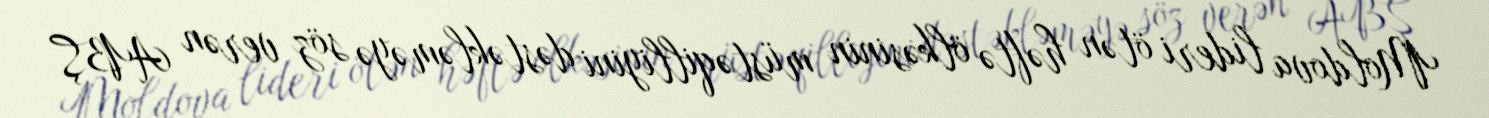
Moldova lideri ötən həftə ölkəsinin müstəqilliyini dəstəkləməyə söz verən ABŞ